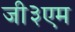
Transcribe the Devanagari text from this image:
जी३एम